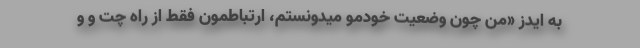
به ایدز «من چون وضعیت خودمو میدونستم، ارتباطمون فقط از راه چت و و